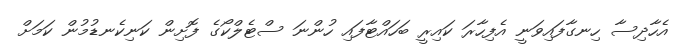
އެހާދިސާ ހިނގާފައިވަނީ އެފިހާރަ ކައިރީ ބަހައްޓާފައި ހުންނަ ސްޓެލްކޯގެ ފޮށިން ކަނިކެނޑުމުން ކަމަށް